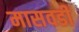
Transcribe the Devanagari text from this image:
मासवडी